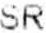
SR